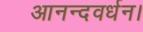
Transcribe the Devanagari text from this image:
आनन्दवर्धन।